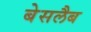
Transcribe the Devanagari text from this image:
बेसलैब